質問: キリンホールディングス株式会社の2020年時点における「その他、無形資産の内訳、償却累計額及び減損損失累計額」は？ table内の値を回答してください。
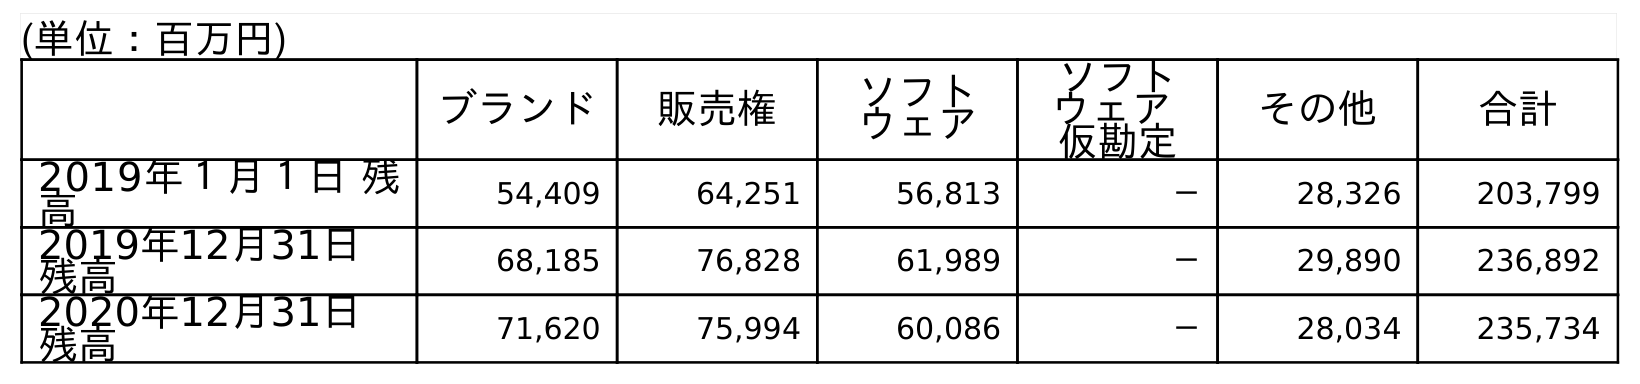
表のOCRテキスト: (単位：百万円) ブランド 販売権 ソフト ウェア ソフト ウェア 仮勘定 その他 合計 2019年１月１日 残 高 54,409 64,251 56,813 － 28,326 203,799 2019年12月31日 残高 68,185 76,828 61,989 － 29,890 236,892 2020年12月31日 残高 71,620 75,994 60,086 － 28,034 235,734
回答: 28,034